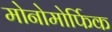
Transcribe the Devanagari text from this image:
मोनोमोर्फिक